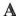
A